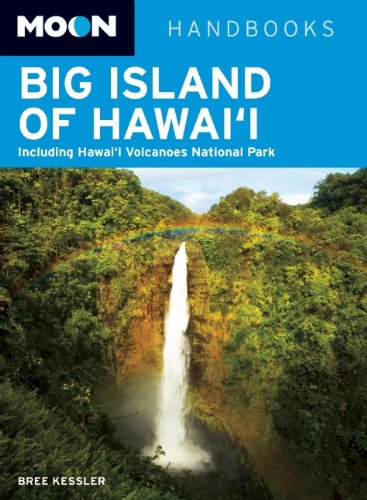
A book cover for Moon Big Island of Hawai'i: Including Hawai'i Volcanoes National Park (Moon Handbooks); Bree Kessler; Travel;